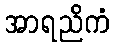
အာရညိကံ